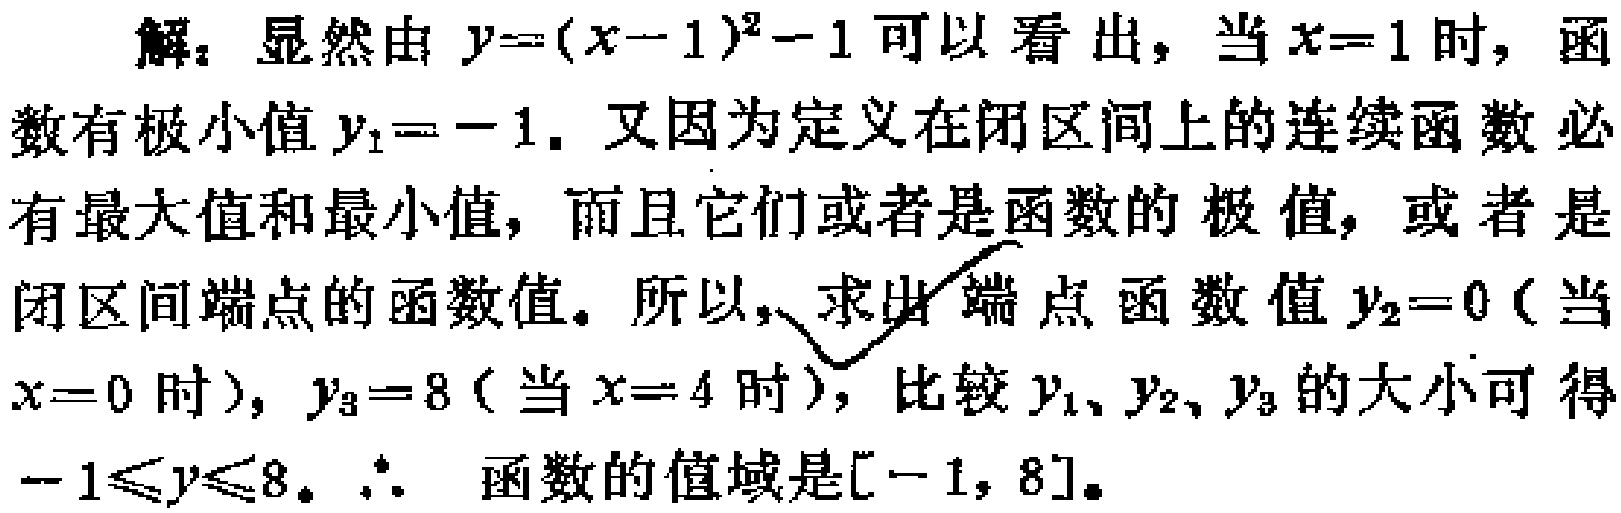
解：显然由\(y=(x - 1)^2 - 1\)可以看出，当\(x = 1\)时，函数有极小值\(y_1 = - 1\). 又因为定义在闭区间上的连续函数必有最大值和最小值，而且它们或者是函数的极值，或者是闭区间端点的函数值。所以，求出端点函数值\(y_2 = 0\)（当\(x = 0\)时），\(y_3 = 8\)（当\(x = 4\)时），比较\(y_1\)、\(y_2\)、\(y_3\)的大小可得\(-1\leqslant y\leqslant 8\)。\(\therefore\) 函数的值域是\([ - 1, 8]\)。